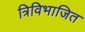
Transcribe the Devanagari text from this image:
त्रिविभाजित